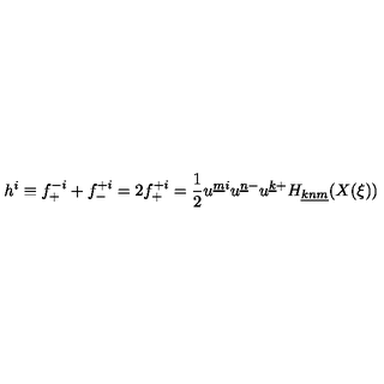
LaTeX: h ^ { i } \equiv f _ { + } ^ { - i } + f _ { - } ^ { + i } = 2 f _ { + } ^ { + i } = { \frac { 1 } { 2 } } u ^ { \underline { { m } } i } u ^ { \underline { { n } } - } u ^ { \underline { { k } } + } H _ { \underline { { k } } \underline { { n } } \underline { { m } } } ( X ( \xi ) )